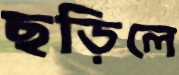
ছড়িলে